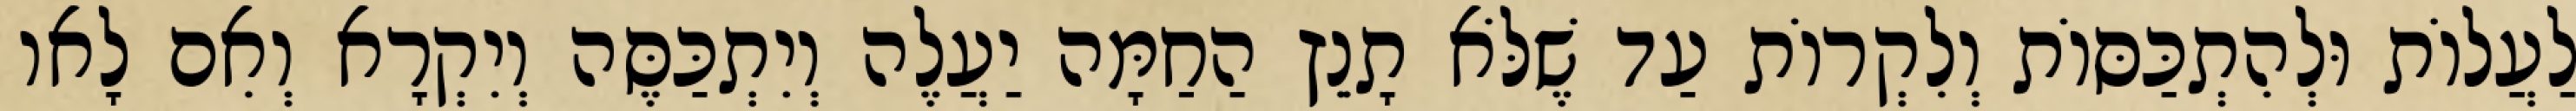
לַעֲלוֹת וּלְהִתְכַּסּוֹת וְלִקְרוֹת עַד שֶׁלֹּא תָנֵץ הַחַמָּה יַעֲלֶה וְיִתְכַּסֶּה וְיִקְרָא וְאִם לָאו